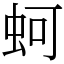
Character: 蚵